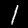
Label: 1